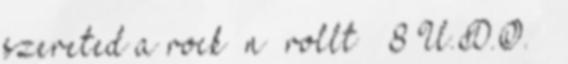
szereted a rock ’n’ rollt ” 8 U.D.O. –